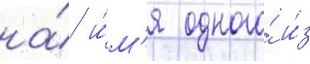
на́ и́м'я одного́ и́з